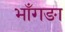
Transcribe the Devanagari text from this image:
भाँगङा